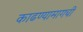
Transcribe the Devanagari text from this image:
काढण्यामागची